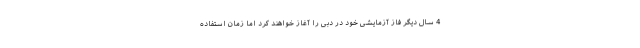
4 سال دیگر فاز آزمایشی خود در دبی را آغاز خواهند کرد اما زمان استفاده